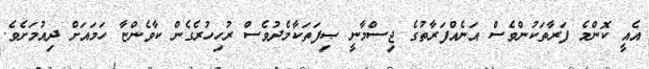
އެއީ ކޮންމެ ފަރާތަކުންވެސް އަނެއްފަރާތުގެ ޖިސްމާނީ ޞިފަތަކާމެދުވެސް ރުހިހުރެގެން ކާވެންޏާ ހަމައަށް ދިއުމަށެވެ.